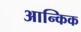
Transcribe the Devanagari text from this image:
आन्किक